Civil Veterinary Department Bihar & Orissa reports 1929-36 - 1929-1936
Year: 1929
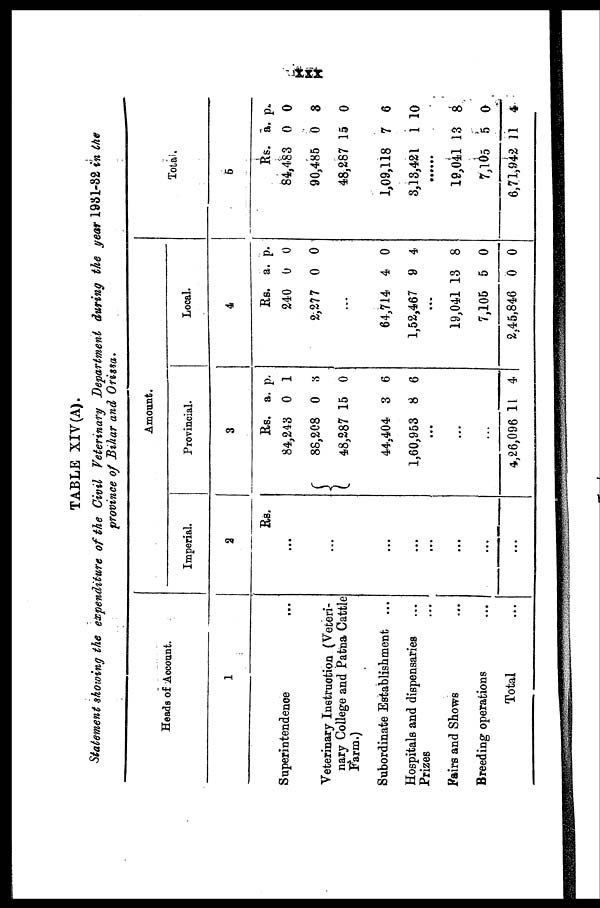
xxx
TABLE XIV(A).
Statement showing the expenditure of the Civil Veterinary Department during the year 1931-32 in the
province of Bihar and Orissa.
Heads of Account.
1
Superintendence ...
Veterinary Instruction (Veteri-
nary College and Patna Cattle
Farm.)
Subordinate Establishment ...
Hospitals and dispensaries ...
Prizes
Fairs and Shows ...
Breeding operations ...
Total ...
Amount.
Imperial.
2
Rs.
...
...
...
...
...
...
...
...
Provincial.
3
Rs.
84,248
88,208
4,8,287
44,404
1,60,953
a.
0
0
15
3
8
p.
1
3
0
6
6
...
...
...
4,26,096 11 4
Local.
4
Rs.
240
2,277
a.
0
0
p.
0
0
...
64,714
1,52,467
4
9
0
4
...
19,041
7,105
2,45,846
13
5
0
8
0
0
Total.
5
Rs.
84,483
90,485
48,287
1,09,118
3,13,421
a.
0
0
15
7
1
p.
0
8
0
6
10
...
19,041
7,105
6,71,942
13
5
11
8
0
4